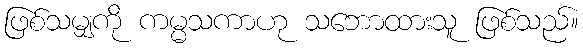
ဖြစ်သမျှကို ကမ္မသကာဟု သဘောထားသူ ဖြစ်သည်။